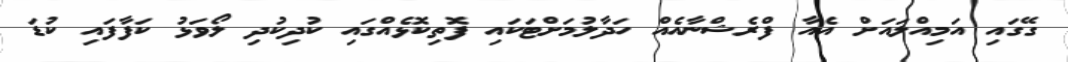
ގޭގައި އަމިއްލައަށް އެއާ ފްރެޝްނާއެއް ހަދާލުމަށްޓަކައި ފޮތިކޮޅެއްގައި ކުދިކުދި ލޯވަޅު ކަފާފައި ކުޑަ